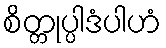
စိတ္တုပ္ပါဒံပါဟံ